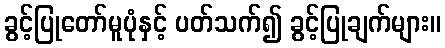
ခွင့်ပြုတော်မူပုံနှင့် ပတ်သက်၍ ခွင့်ပြုချက်များ။